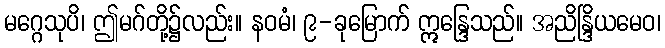
မဂ္ဂေသုပိ၊ ဤမဂ်တို့၌လည်း။ နဝမံ၊ ၉-ခုမြောက် ဣန္ဒြေသည်။ အညိန္ဒြိယမေဝ၊